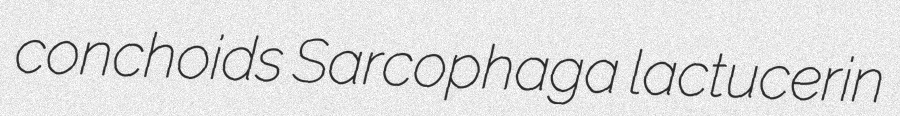
conchoids Sarcophaga lactucerin